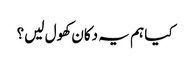
کیا ہم یہ دکان کھول لیں؟